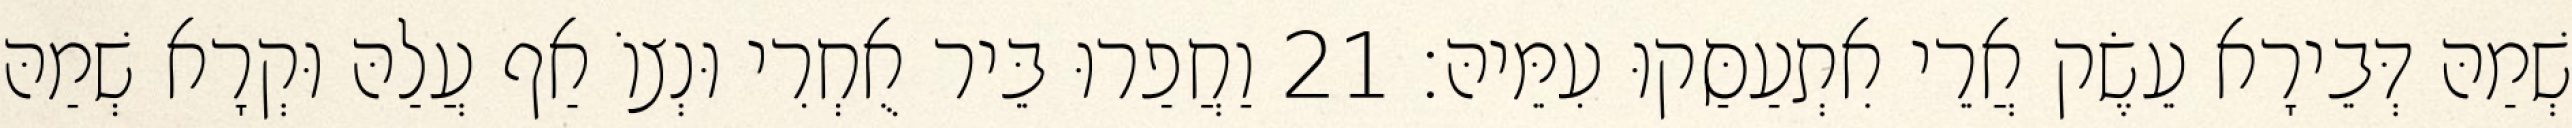
שְׁמַהּ דְּבֵירָא עֵשֶׂק אֲרֵי אִתְעַסַּקוּ עִמֵּיהּ׃ 21 וַחֲפַרוּ בֵּיר אֻחְרִי וּנְצוֹ אַף עֲלַהּ וּקְרָא שְׁמַהּ